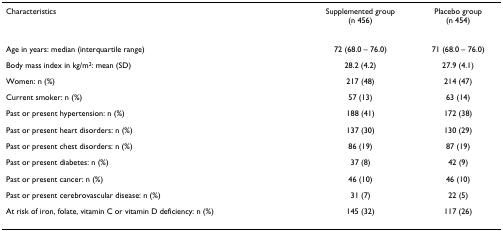
| Characteristics | Supplemented group(n 456) | Placebo group(n 454) |
 | --- | --- | --- |
 | Age in years: median (interquartile range) | 72 (68.0 – 76.0) | 71 (68.0 – 76.0) |
 | Body mass index in kg/m2: mean (SD) | 28.2 (4.2) | 27.9 (4.1) |
 | Women: n (%) | 217 (48) | 214 (47) |
 | Current smoker: n (%) | 57 (13) | 63 (14) |
 | Past or present hypertension: n (%) | 188 (41) | 172 (38) |
 | Past or present heart disorders: n (%) | 137 (30) | 130 (29) |
 | Past or present chest disorders: n (%) | 86 (19) | 87 (19) |
 | Past or present diabetes: n (%) | 37 (8) | 42 (9) |
 | Past or present cancer: n (%) | 46 (10) | 46 (10) |
 | Past or present cerebrovascular disease: n (%) | 31 (7) | 22 (5) |
 | At risk of iron, folate, vitamin C or vitamin D deficiency: n (%) | 145 (32) | 117 (26) |